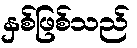
နှစ်ဖြစ်သည်